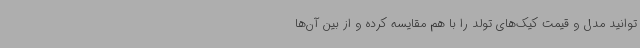
توانید مدل و قیمت کیک‌های تولد را با هم مقایسه کرده و از بین آن‌ها